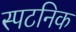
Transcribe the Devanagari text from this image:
स्पटनिक